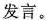
发言。